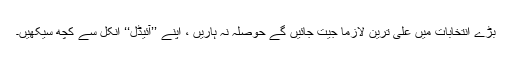
بڑے انتخابات میں علی ترین لازماً جیت جائیں گے حوصلہ نہ ہاریں ، اپنے ’’آئیڈل‘‘ انکل سے کچھ سیکھیں۔